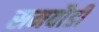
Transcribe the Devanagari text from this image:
समबौडी